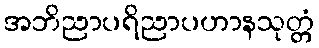
အဘိညာပရိညာပဟာနသုတ္တံ